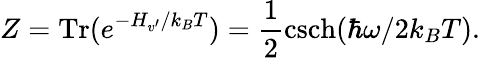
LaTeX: Z=\mathrm{Tr}(e^{-H_{v^{\prime}}/k_{B}T})=\frac{1}{2}\mathrm{csch}(\hbar\omega/2k_{B}T).